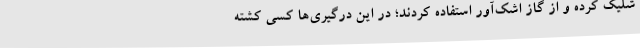
شلیک کرده و از گاز اشک‌آور استفاده کردند؛ در این درگیری‌ها کسی کشته